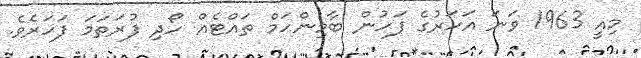
މިއީ 1963 ވަނަ އަހަރުގެ ފަހުން ބާމިންހަމް ތައްޓެއްް ހޯދި ފުރަތަމަ ފަހަރެވެ.